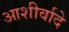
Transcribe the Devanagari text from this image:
आशीर्वादे